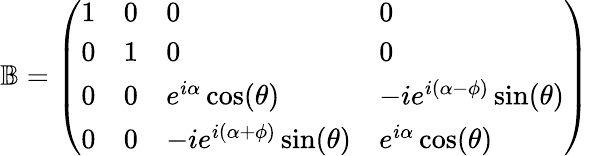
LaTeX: \mathbb{B}=\left(\begin{array}{llll}{1}&{0}&{0}&{0}\\ {0}&{1}&{0}&{0}\\ {0}&{0}&{e^{i\alpha}\cos(\theta)}&{-ie^{i(\alpha-\phi)}\sin(\theta)}\\ {0}&{0}&{-ie^{i(\alpha+\phi)}\sin(\theta)}&{e^{i\alpha}\cos(\theta)}\end{array}\right)